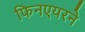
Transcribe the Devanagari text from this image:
फिनएयरने